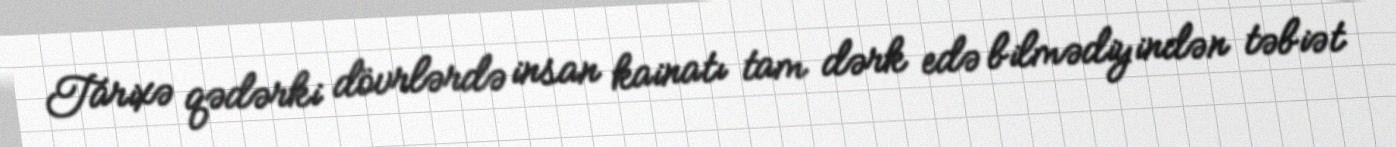
Tarixə qədərki dövrlərdə insan kainatı tam dərk edə bilmədiyindən təbiət